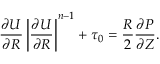
\frac { \partial U } { \partial R } \left| \frac { \partial U } { \partial R } \right| ^ { n - 1 } + \tau _ { 0 } = \frac { R } { 2 } \frac { \partial P } { \partial Z } .